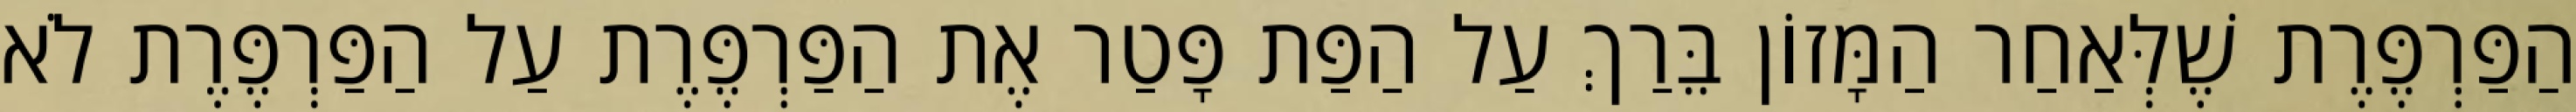
הַפַּרְפֶּרֶת שֶׁלְּאַחַר הַמָּזוֹן בֵּרַךְ עַל הַפַּת פָּטַר אֶת הַפַּרְפֶּרֶת עַל הַפַּרְפֶּרֶת לֹא